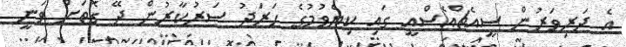
އެ ދަރިވަރުން ސީއެޗްއެސްއީ ގައި ކިޔެވުމުގެ ހަރަދު ސަރުކާރުން ދޭ ގޮތަށް ވަނީ